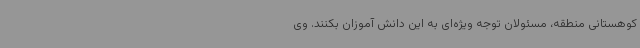
کوهستانی منطقه، مسئولان توجه ویژه‌ای به این دانش آموزان بکنند. وی